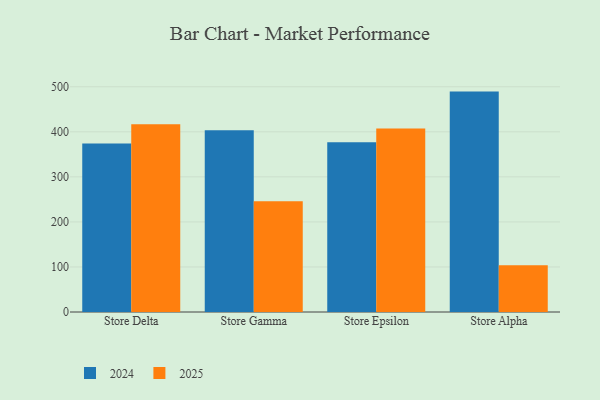
{"axis": {"x": "Store", "y": "Demand Index"}, "legend": ["2024", "2025"], "data": [{"x": "Store Delta", "y": 374.1, "type": "2024"}, {"x": "Store Delta", "y": 416.8, "type": "2025"}, {"x": "Store Gamma", "y": 403.5, "type": "2024"}, {"x": "Store Gamma", "y": 245.8, "type": "2025"}, {"x": "Store Epsilon", "y": 377.1, "type": "2024"}, {"x": "Store Epsilon", "y": 407.2, "type": "2025"}, {"x": "Store Alpha", "y": 489.3, "type": "2024"}, {"x": "Store Alpha", "y": 103.6, "type": "2025"}]}